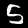
Label: 5